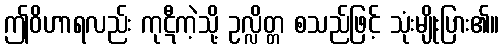
ဤဝိဟာရလည်း ကုဋီကဲ့သို့ ဥလ္လိတ္တ စသည်ဖြင့် သုံးမျိုးပြား၏။